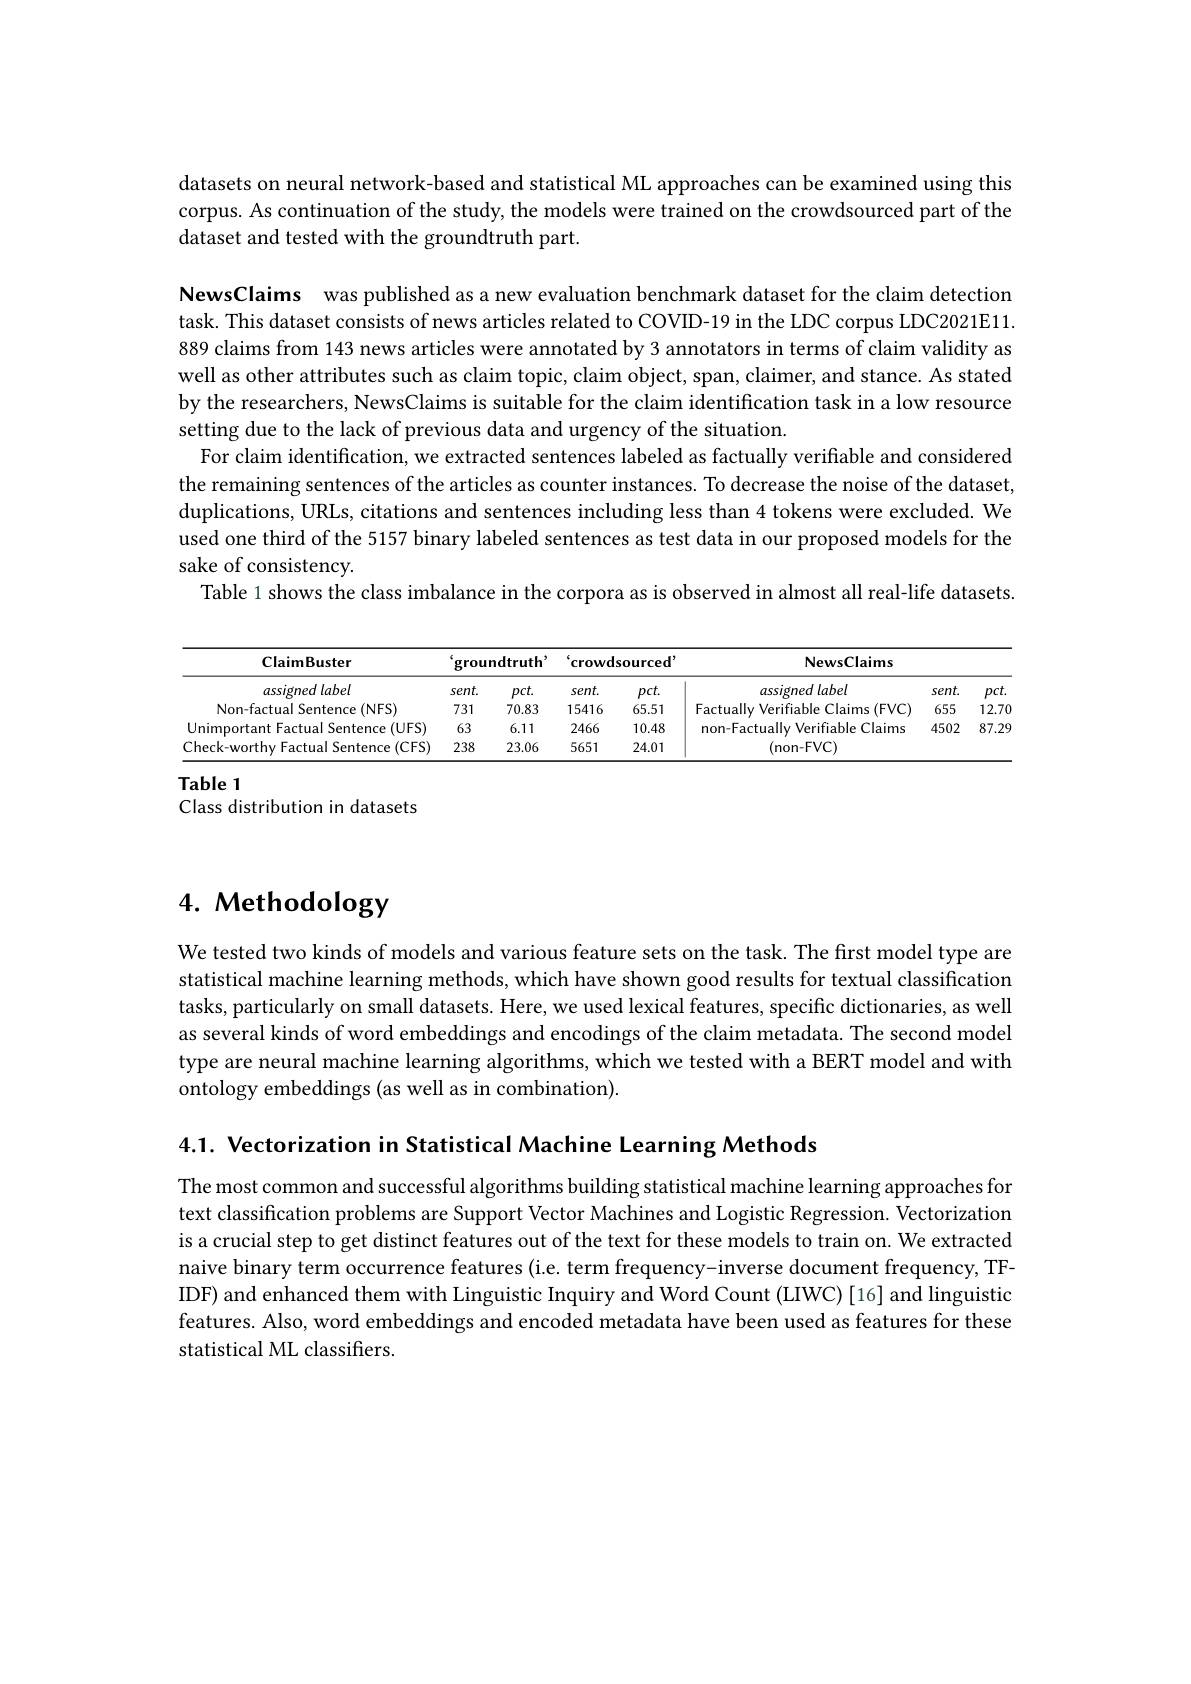
datasets on neural network-based and statistical ML approaches can be examined using this corpus. As continuation of the study, the models were trained on the crowdsourced part of the dataset and tested with the groundtruth part

NewsClaims was published as a new evaluation benchmark dataset for the claim detection task. This dataset consists of news articles related to COVID-19 in the LDC corpus LDC2021E11889 claims from 143 news articles were annotated by 3 annotators in terms of claim validity as well as other attributes such as claim topic, claim object, span, claimer, and stance. As stated by the researchers, NewsClaims is suitable for the claim identification task in a low resource setting due to the lack of previous data and urgency of the situation.
For claim identification, we extracted sentences labeled as factually verifiable and considered the remaining sentences of the articles as counter instances. To decrease the noise of the dataset, duplications, URLs, citations and sentences including less than 4 tokens were excluded. We used one third of the 5157 binary labeled sentences as test data in our proposed models for the sake of consistency.
Table 1 shows the class imbalance in the corpora as is observed in almost all real-life datasets.

<table>
	<tbody>
		<tr>
			<th rowspan="2">ClaimBuster assigned label</th>
			<th colspan="2">groundtruth</th>
			<th colspan="2">crowdsourced</th>
			<th rowspan="2">NewsClaims assigned label</th>
			<th rowspan="1">NewsClaims</th>
			<th rowspan="2">$pct.$</th>
		</tr>
		<tr>
			<th>sent.</th>
			<th>$pct.$</th>
			<th>sent.</th>
			<th>$pct.$</th>
			<th>$sent.$</th>
		</tr>
		<tr>
			<td>Non-factual Sentence (NFS)</td>
			<td>731</td>
			<td>70.83</td>
			<td>15416</td>
			<td>65.51</td>
			<td>Factually Verifiable Claims (FVC)</td>
			<td>655</td>
			<td>$12.7C$</td>
		</tr>
		<tr>
			<td>Unimportant Factual Sentence (UFS)</td>
			<td>63</td>
			<td>6.11</td>
			<td>2466</td>
			<td>10.48</td>
			<td>non-Factually Verifiable Claims</td>
			<td>4502</td>
			<td>87.29</td>
		</tr>
		<tr>
			<td>Check-worthy Factual Sentence (CFS)</td>
			<td>238</td>
			<td>23.06</td>
			<td>5651</td>
			<td>24.01</td>
			<td>(non-FVC)</td>
			<td> </td>
			<td> </td>
		</tr>
	</tbody>
</table>
Table 1

Class distribution in datasets

# 4. Methodology

We tested two kinds of models and various feature sets on the task. The first model type are statistical machine learning methods, which have shown good results for textual classification tasks, particularly on small datasets. Here, we used lexical features, specific dictionaries, as well as several kinds of word embeddings and encodings of the claim metadata. The second model type are neural machine learning algorithms, which we tested with a BERT model and with ontology embeddings (as well as in combination).

4.1. Vectorization in Statistical Machine Learning Methods

The most common and successful algorithms building statistical machine learning approaches for text classification problems are Support Vector Machines and Logistic Regression. Vectorization is a crucial step to get distinct features out of the text for these models to train on. We extracted naive binary term occurrence features (i.e. term frequency-inverse document frequency, TFIDF) and enhanced them with Linguistic Inquiry and Word Count (LIWC) [16] and linguistic features. Also, word embeddings and encoded metadata have been used as features for these statistical ML classifiers.